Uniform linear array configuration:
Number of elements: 12
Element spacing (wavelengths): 1
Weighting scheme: uniform
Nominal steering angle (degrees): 45
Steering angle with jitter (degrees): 46.564
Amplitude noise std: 0.05
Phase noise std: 0.05

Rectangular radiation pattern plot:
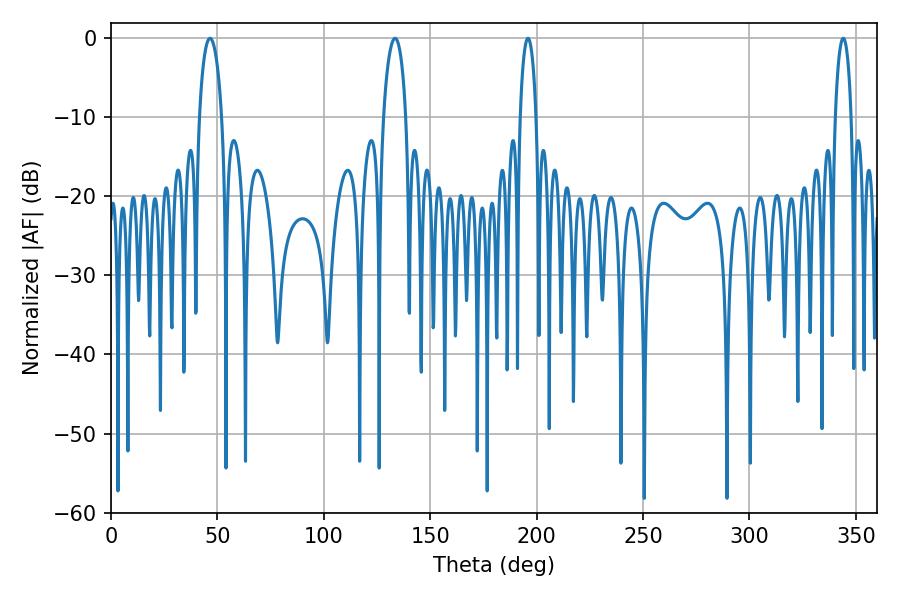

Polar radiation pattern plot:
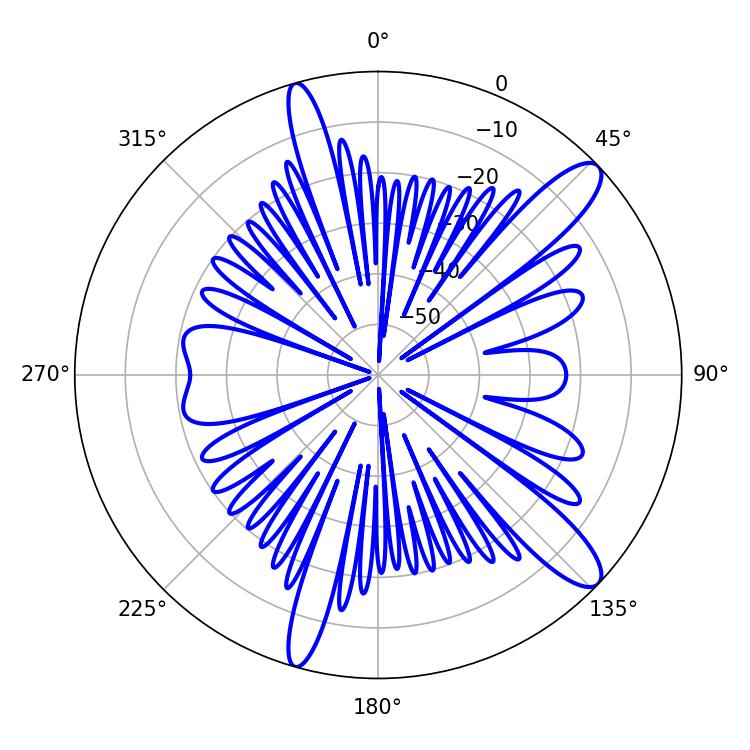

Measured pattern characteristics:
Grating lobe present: TRUE
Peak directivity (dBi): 12.102
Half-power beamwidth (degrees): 6.12
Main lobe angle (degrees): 46.44